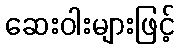
ဆေးဝါးများဖြင့်